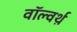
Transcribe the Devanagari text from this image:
वॉल्वर्थ़